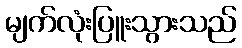
မျက်လုံးပြူးသွားသည်